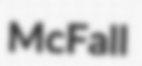
McFall